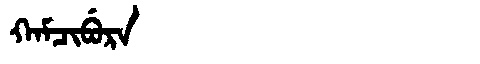
Manchu: ᡴᠠᠮᠴᡳᠪᡠᡵᠠ
Romanization: KAMCIBURA